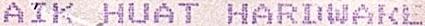
AIK HUAT HARDWARE